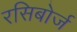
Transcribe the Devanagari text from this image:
रसिबोर्ज